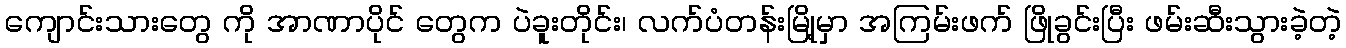
ကျောင်းသားတွေ ကို အာဏာပိုင် တွေက ပဲခူးတိုင်း၊ လက်ပံတန်းမြို့မှာ အကြမ်းဖက် ဖြိုခွင်းပြီး ဖမ်းဆီးသွားခဲ့တဲ့